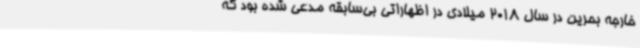
خارجه بحرین در سال 2018 میلادی در اظهاراتی بی‌سابقه مدعی شده بود که